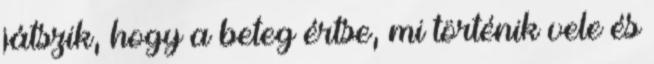
játszik, hogy a beteg értse, mi történik vele és